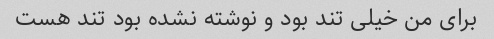
برای من خیلی تند بود و نوشته نشده بود تند هست